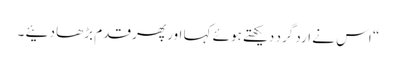
“ اس نے ارد گرد دیکھتے ہوئے کہا اور پھر قدم بڑھا دئیے ۔